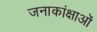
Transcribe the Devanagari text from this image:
जनाकांक्षाओं